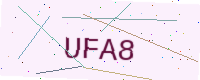
Text: UFA8